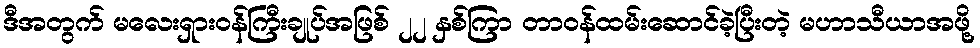
ဒီအတွက် မလေးရှားဝန်ကြီးချုပ်အဖြစ် ၂၂ နှစ်ကြာ တာဝန်ထမ်းဆောင်ခဲ့ပြီးတဲ့ မဟာသီယာအဖို့